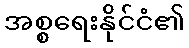
အစ္စရေးနိုင်ငံ၏